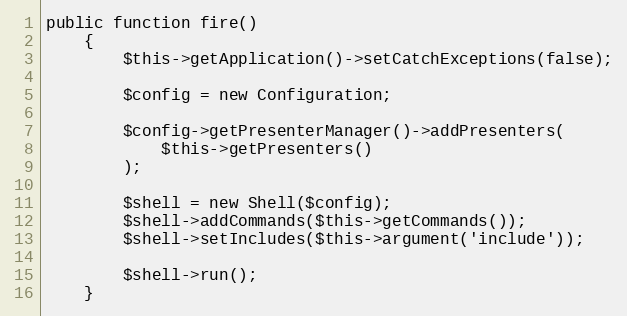
Language: PHP
public function fire()
	{
		$this->getApplication()->setCatchExceptions(false);

		$config = new Configuration;

		$config->getPresenterManager()->addPresenters(
			$this->getPresenters()
		);

		$shell = new Shell($config);
		$shell->addCommands($this->getCommands());
		$shell->setIncludes($this->argument('include'));

		$shell->run();
	}